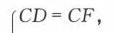
\(CD = CF\)